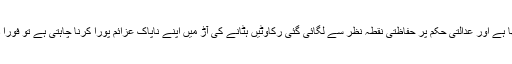
صبح جب خبر ملی کہ پولیس نے ادارہ اور قائد انقلاب کے گھر کا محاصرہ کر رکھا ہے اور عدالتی حکم پر حفاظتی نقطہ نظر سے لگائی گئی رکاوٹیں ہٹانے کی آڑ میں اپنے ناپاک عزائم پورا کرنا چاہتی ہے تو فوراً دیگر کارکنان سے مشاورت کرکے صبح سات بجے مرکزی سیکرٹریٹ پہنچ گئے۔